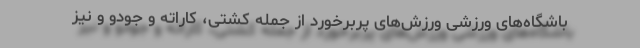
باشگاه‌های ورزشی ورزش‌های پربرخورد از جمله کشتی، کاراته و جودو و نیز